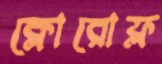
ক্লোরোফ্ল